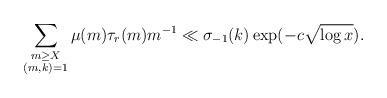
LaTeX: \begin{align*} \sum_{\substack{m\ge X\\ (m,k)=1}} \mu(m)\tau_r(m)m^{-1}\ll \sigma_{-1}(k)\exp(-c\sqrt{\log{x}}).\end{align*}